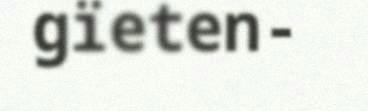
gïeten-